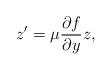
LaTeX: \begin{align*}z'=\mu \frac{\partial f}{\partial y} z,\end{align*}